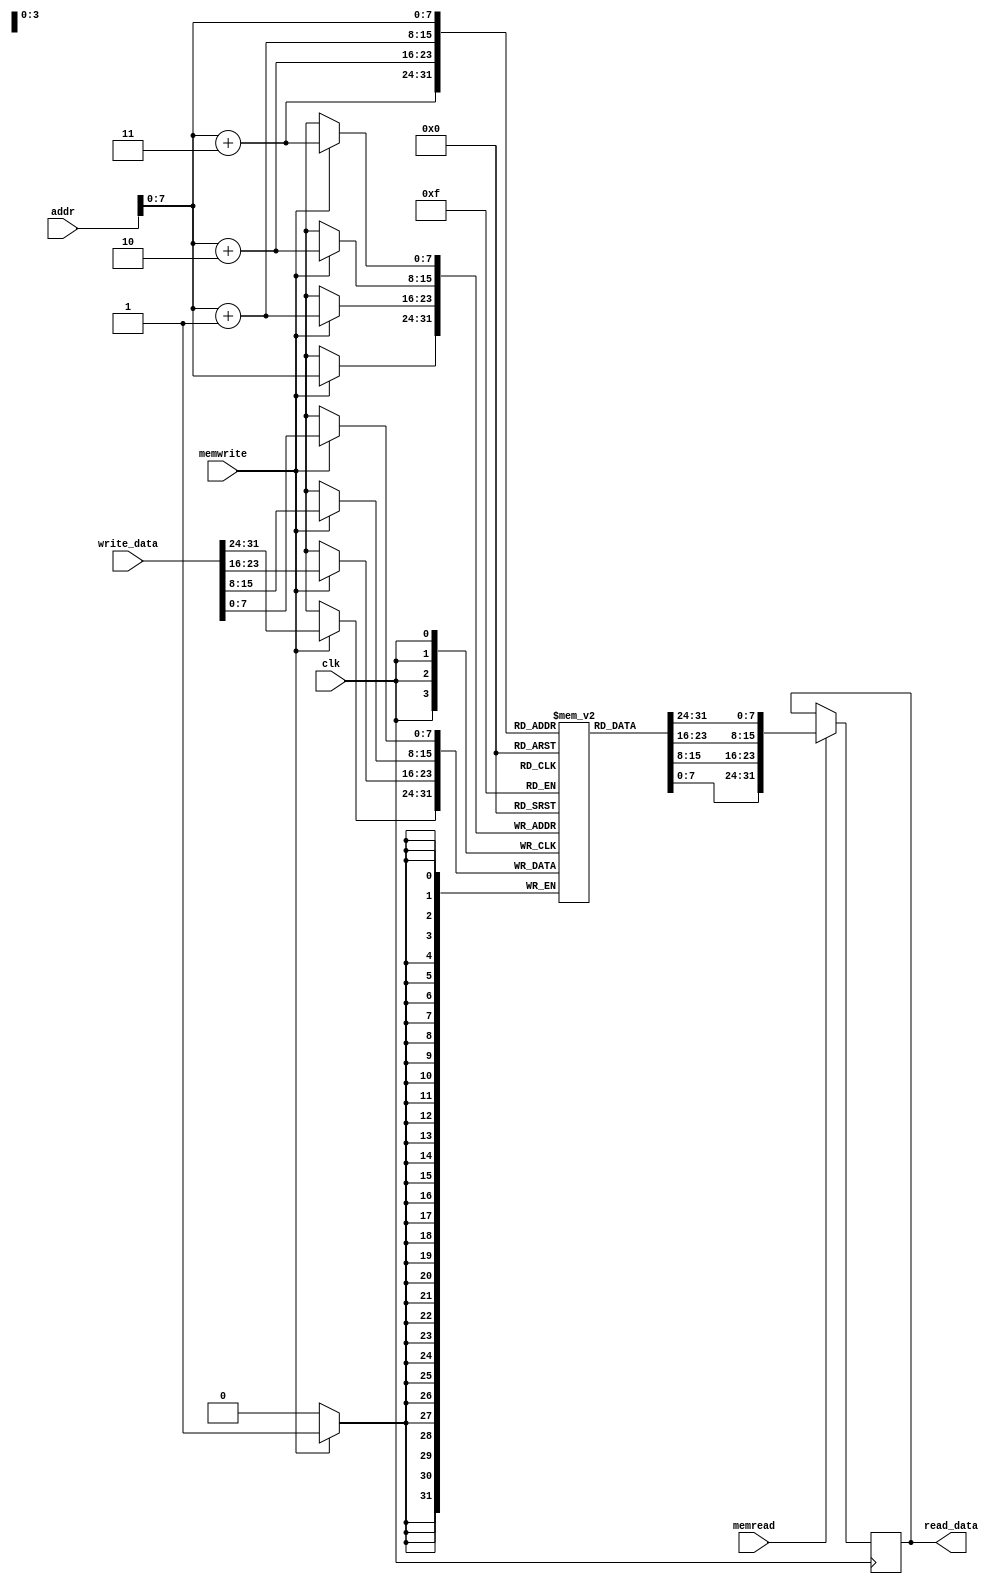
`timescale 1ns / 1ps

module data_memory (
input [31:0] addr,          // Memory Address
input [31:0] write_data,    // Memory Address Contents
input  memwrite, memread,
input clk,                  // All synchronous elements, including memories, should have a clock signal
output reg [31:0] read_data      // Output of Memory Address Contents
);

reg [7:0] MEMO[128:0];  // 63 registers of 32 bit each
/*
integer i;
//storing dummy vakues in data memory
initial begin
  read_data <= 0;
  for (i = 0; i < 256; i = i + 1) begin
    MEMO[i] = i;
  end
end
*/
// Data is written into the memory during negative edge
always @(negedge clk) begin
  if (memwrite == 1'b1) begin //when write signal is 1 and read signal is 0
   //MEMO[addr] = write_data;
   {MEMO[addr],MEMO[addr+1],MEMO[addr+2],MEMO[addr+3]}=write_data;//changed
   // read_data <=MEMO[addr-4];
    
  end
  end
  //data is read from the memory during the positive edge
  always @(posedge clk) begin
  if (memread == 1'b1) begin //when read signal is 1 and write signal is 0
   // read_data <= MEMO[addr];
  read_data[31:0]={MEMO[addr],MEMO[addr+1],MEMO[addr+2],MEMO[addr+3]};
  end
end

endmodule